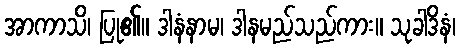
အာကာသိ၊ ပြု၏။ ဒါနံနာမ၊ ဒါနမည်သည်ကား။ သုခါဒိနံ၊